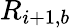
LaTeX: R_{i+1,b}